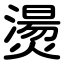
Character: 燙